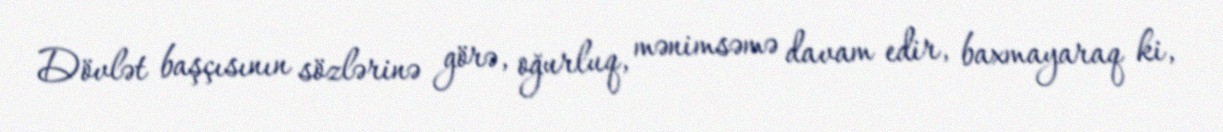
Dövlət başçısının sözlərinə görə, oğurluq, mənimsəmə davam edir, baxmayaraq ki,